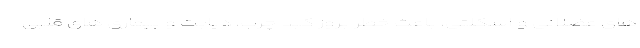
های عضلانی و اسکلتی، باعث خطر بروز کبد چرب، دیابت و بیماری های قلبی